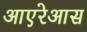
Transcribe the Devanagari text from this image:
आएरेआस